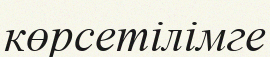
көрсетілімге